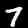
Digit: 7